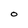
Character: O